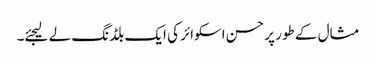
مثال کے طور پر حسن اسکوائر کی ایک بلڈنگ لے لیجئے۔